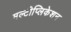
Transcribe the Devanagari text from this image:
मल्टीप्लिकेशन